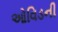
ઓવિડની